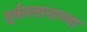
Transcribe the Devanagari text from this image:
तुर्कस्तानाच्या